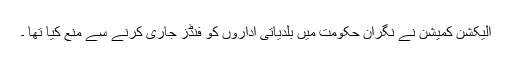
الیکشن کمیشن نے نگران حکومت میں بلدیاتی اداروں کو فنڈز جاری کرنے سے منع کیا تھا ۔